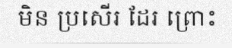
មិន ប្រសើរ ដែរ ព្រោះ